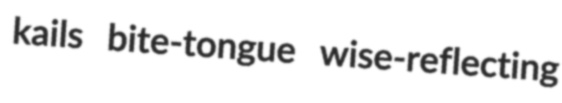
kails bite-tongue wise-reflecting